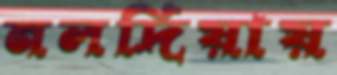
নলদিয়ায়